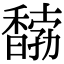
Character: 𩡒